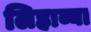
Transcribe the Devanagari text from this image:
लिहाव्या